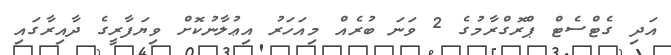
އަދި ގެޓްސެޓް ޕްރޮގްރާމުގެ 2 ވަނަ ބުރެއް މިއަހަރު އިޢުލާނުކޮށް ވިޔަފާރީގެ ދާއިރާގައި